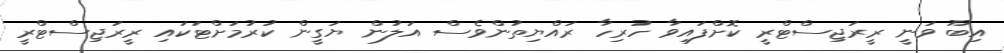
އިބޫ ވަނީ ރީރަޖިސްޓްރީ ކޮށްފައިވާ ހުރިހާ ރައްޔިތުންވެސް އަލުން ޔަގީން ކުރުމަށްޓަކައި ރީރަޖިސްޓްރީ